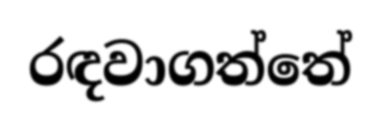
රඳවාගත්තේ